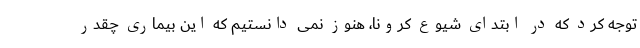
توجه کرد که در ابتدای شیوع کرونا، هنوز نمی دانستیم که این بیماری چقدر